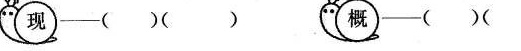
现 ——()() 概——( )()